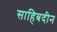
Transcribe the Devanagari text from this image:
साहिबदीन